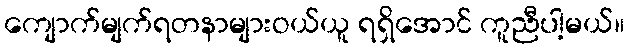
ကျောက်မျက်ရတနာများဝယ်ယူ ရရှိအောင် ကူညီပါ့မယ်။